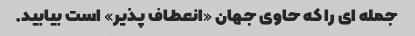
جمله ای را که حاوی جهان «انعطاف پذیر» است بیابید.